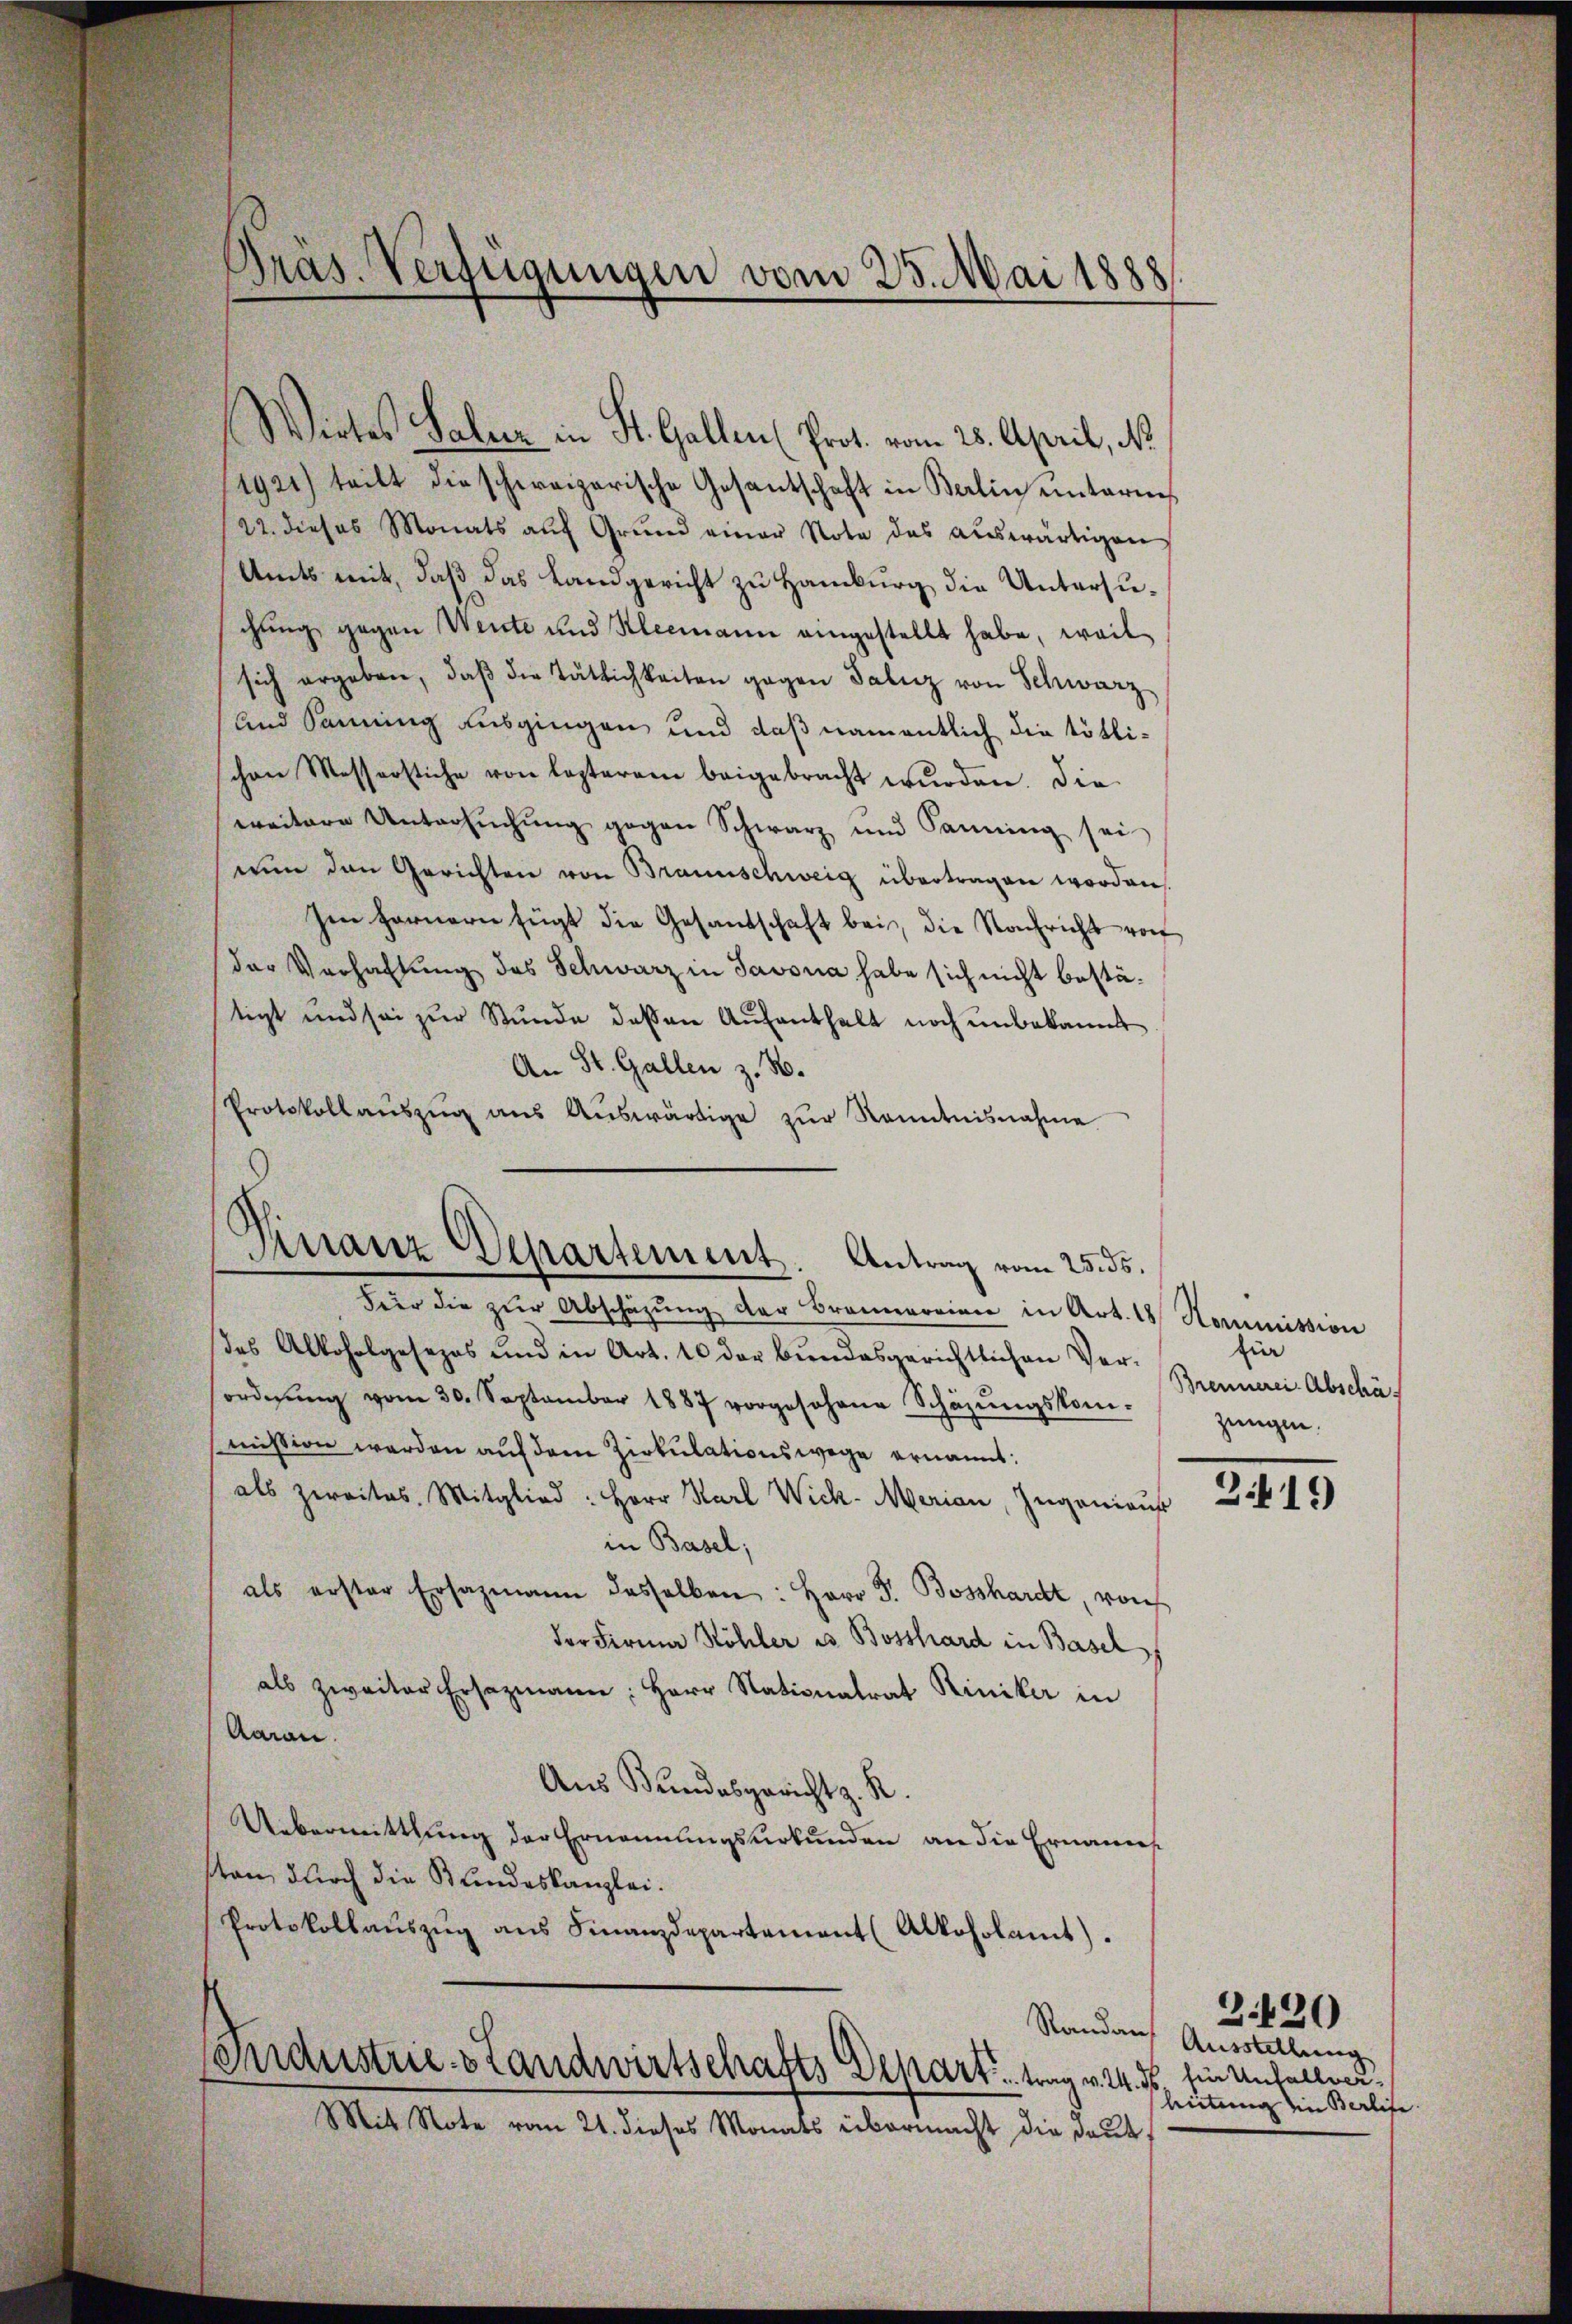
Pras. Verfügungen vom 25. Mai 1888

Wirtes Salzer in St. Gallen (Prot. vom 25. April, N
1921) teilt die schweizerische Gesantschaft in Berlin unterm
22. dieses Monats aŭf Grŭnd einer Nota des aŭswärtigen
Amts mit, daß das Landgericht zu Hamburg die Untersuchung gegen Wente und Kleemann eingestellt habe, weil
sich ergeben, daβ die Tätlichkeiten gegen Taluz von Schwarz
und Samung ausgingen und daß namentlich die tötlischen Messerstiche von lezterem beigebracht wŭrden. Die
weitere Untersuchung gegen Schwarz und Saning sei
nŭn den Gerichten von Braunschweig übertragen worden
Im fernern fügt die Gesandschaft bei, die Nachricht vo
der Verhaltung des Schwarz in Savona habe sich nicht bestätigt und sei zur Stunde dessen Aŭfenthalt noch unbekannt
An St. Gallen z. B.
Protokollaŭszŭg aŭs Aŭswärtige zŭr Kenntnisnahme
Finanz-Departement. Antrag vom 25. ds.
Feer die zŭr Abschäzŭng der Bramerinne in Art. 18 Kommission
des Alkoholgesezes und in Art. 10 der bundesgerichtlichen Ver-
ordnŭng vom 30. September 1887 vorgesehene Schäzŭngskom-
mission werden auf dem Zirkulationswege ernannt:
als zweites Mitglied: Herr Karl Wick-Merian, Zuganiauf
in Basel;
als erster Ersazmann desselben: Herr J. Bosshardt, von
der Firma Höhler u. Bosshard in Basel
als zweiter Ersezmann: Herr Nationatrat Riniker in
Aarau
Aus Bundesgericht z. R.
Ueberweittlung der Ernennungsurkunden an die Ernannes
sten durch die Bundeskanzlei.
Protokollaŭszŭg aŭs Finanzdepartement (Alkoholamt).

Industries Landwirtschafts Depart trag v. 24. d.
Mit Note vom 21. dieses Monats übermacht die Daut,

für
Brennerei Abschäf
zungen.

3419

Randaus Ausstellung
für Unfallver.
leitung ein Berline

Z.120